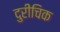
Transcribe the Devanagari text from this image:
दुरीचिक